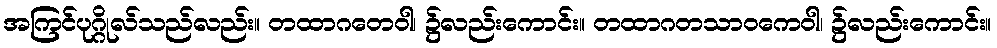
အကြင်ပုဂ္ဂိုလ်သည်လည်း။ တထာဂတေဝါ၊ ၌လည်းကောင်း။ တထာဂတသာဝကေဝါ၊ ၌လည်းကောင်း။